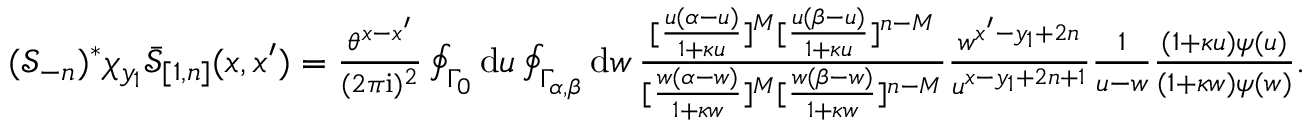
\textstyle ( \mathcal { S } _ { - n } ) ^ { * } \chi _ { y _ { 1 } } \bar { \mathcal { S } } _ { [ 1 , n ] } ( x , x ^ { \prime } ) = \frac { \theta ^ { x - x ^ { \prime } } } { ( 2 \pi \mathrm { i } ) ^ { 2 } } \oint _ { \Gamma _ { 0 } } \mathrm { d } u \oint _ { \Gamma _ { \alpha , \beta } } \mathrm { d } w \, \frac { [ \frac { u ( \alpha - u ) } { 1 + \kappa u } ] ^ { M } [ \frac { u ( \beta - u ) } { 1 + \kappa u } ] ^ { n - M } } { [ \frac { w ( \alpha - w ) } { 1 + \kappa w } ] ^ { M } [ \frac { w ( \beta - w ) } { 1 + \kappa w } ] ^ { n - M } } \frac { w ^ { x ^ { \prime } - y _ { 1 } + 2 n } } { u ^ { x - y _ { 1 } + 2 n + 1 } } \frac { 1 } { u - w } \frac { ( 1 + \kappa u ) \psi ( u ) } { ( 1 + \kappa w ) \psi ( w ) } .